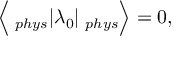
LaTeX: { \bf \Big < } { \bf \Psi } _ { p h y s } | \lambda _ { 0 } | { \bf \Phi } _ { p h y s } { \bf \Big > } = 0 ,